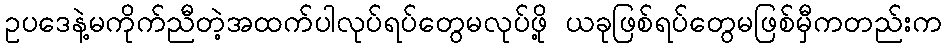
ဥပဒေနဲ့မကိုက်ညီတဲ့အထက်ပါလုပ်ရပ်တွေမလုပ်ဖို့ ယခုဖြစ်ရပ်တွေမဖြစ်မှီကတည်းက